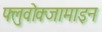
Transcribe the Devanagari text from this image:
फ्लुवोक्जामाइन